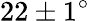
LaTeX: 22\pm 1^{\circ}